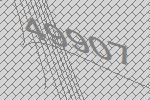
49907